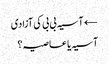
← آسیہ بی بی کی آزادی
آسیہ یا عاصیہ؟